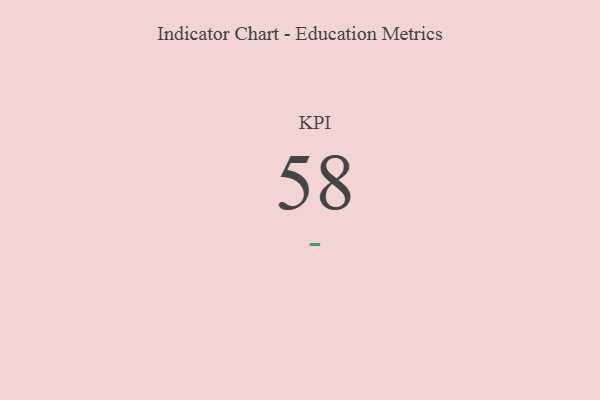
{"axis": {"x": "KPI", "y": "Value"}, "legend": [""], "data": [{"x": "KPI", "y": 58, "type": ""}]}